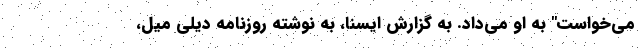
می‌خواست" به او می‌داد. به گزارش ایسنا، به نوشته روزنامه دیلی میل،